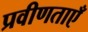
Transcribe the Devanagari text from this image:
प्रवीणताएँ